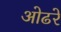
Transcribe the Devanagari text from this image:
ओढरे